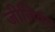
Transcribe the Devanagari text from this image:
जीलिवंग